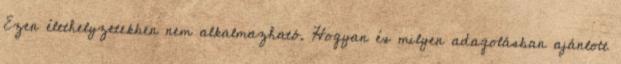
Ezen élethelyzetekben nem alkalmazható. Hogyan és milyen adagolásban ajánlott